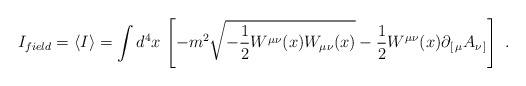
\begin{align*}I_{field}=\langle I\rangle =\int d^4x\,\left[-m^2\sqrt{-{1\over 2}W^{\mu\nu}(x)W_{\mu\nu}(x)}-{1\over 2}W^{\mu\nu}(x)\partial_{[\,\mu}A_{\nu\,]}\right]\ .\end{align*}